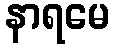
နာရမေ